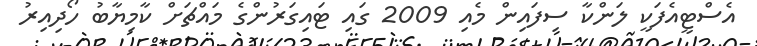
އެސްޓީއެފަކީ ލަންކާ ސިފައިން މެއި 2009 ގައި ޓައިގަރުންގެ މައްޗަށް ކާމިޔާބު ހޯދިއިރު